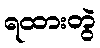
ရထားတွဲ